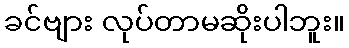
ခင်ဗျား လုပ်တာမဆိုးပါဘူး။